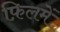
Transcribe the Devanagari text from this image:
फ़िलमें